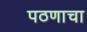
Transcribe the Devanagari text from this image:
पठणाचा